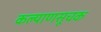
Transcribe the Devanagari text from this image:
कल्याणसूचक